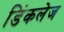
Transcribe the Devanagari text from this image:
डिंकलेज